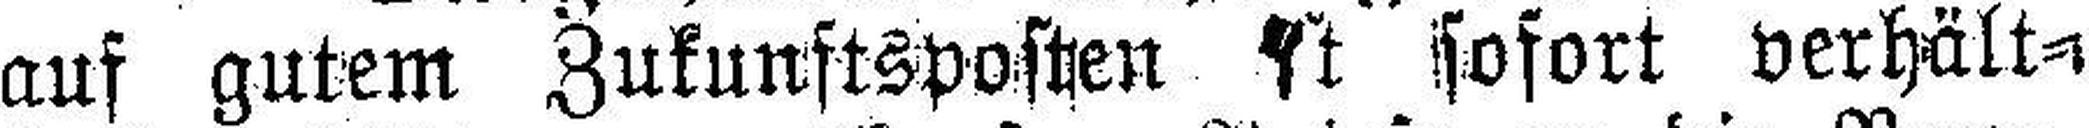
auf gutem Zukunftsposten ###t sofort verhält¬